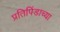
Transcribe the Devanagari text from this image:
प्रतिपिंडाच्या